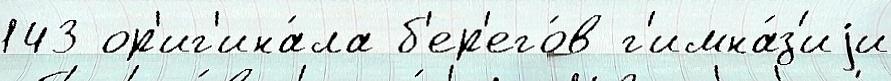
143 ор'иг'ина́ла б'ер'его́в г'имна́з'иjи